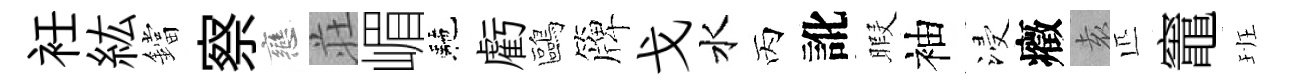
衽紘鐺察戀荘嵋駰虧鷗簰戈水丙訛暇袖浸癥𡊮匹竈班